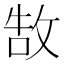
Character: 𢽍